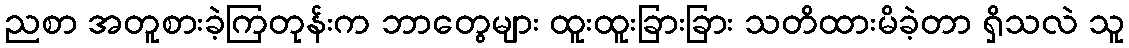
ညစာ အတူစားခဲ့ကြတုန်းက ဘာတွေများ ထူးထူးခြားခြား သတိထားမိခဲ့တာ ရှိသလဲ သူ